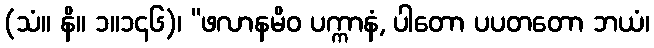
(သံ။ နိ။ ၁။၁၄၆)၊ “ဖလာနမိဝ ပက္ကာနံ, ပါတော ပပတတော ဘယံ၊